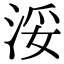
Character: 浽